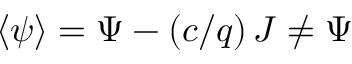
\langle \psi \rangle = \Psi - ( c / q ) \, J \neq \Psi